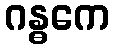
ဂန္ဓကေ